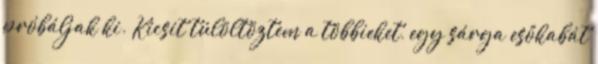
próbáljak ki. Kicsit túlöltöztem a többieket, egy sárga esőkabát